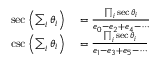
\begin{array} { r l } { \sec \left( \sum _ { i } \theta _ { i } \right) } & { { } = { \frac { \prod _ { i } \sec \theta _ { i } } { e _ { 0 } - e _ { 2 } + e _ { 4 } - \cdots } } } \\ { \csc \left( \sum _ { i } \theta _ { i } \right) } & { { } = { \frac { \prod _ { i } \sec \theta _ { i } } { e _ { 1 } - e _ { 3 } + e _ { 5 } - \cdots } } } \end{array}